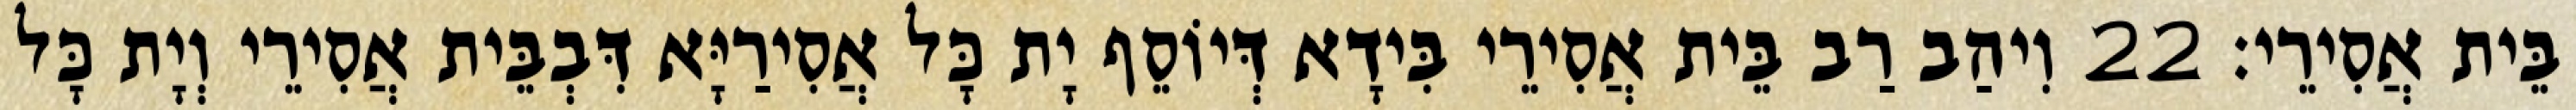
בֵּית אֲסִירֵי׃ 22 וִיהַב רַב בֵּית אֲסִירֵי בִּידָא דְּיוֹסֵף יָת כָּל אֲסִירַיָּא דִּבְבֵּית אֲסִירֵי וְיָת כָּל